Proceedings of the meeting of veterinary officers in India
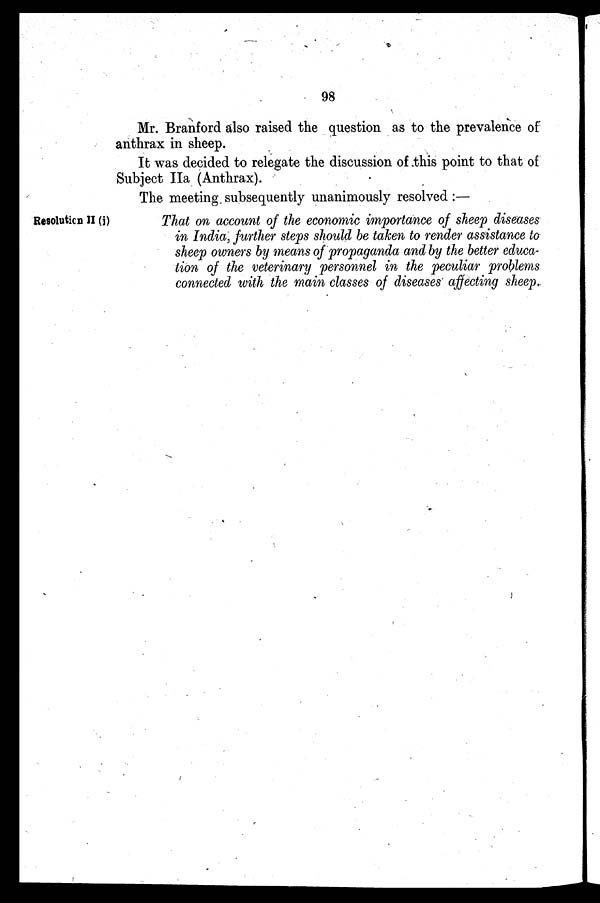
98
Mr. Branford also raised the question as to the prevalence of
anthrax in sheep.
It was decided to relegate the discussion of this point to that of
Subject IIa (Anthrax).
The meeting subsequently unanimously resolved :—
Resolution II (j)
That on account of the economic importance of sheep diseases
in India, further steps should be taken to render assistance to
sheep owners by means of propaganda and by the better educa-
tion of the veterinary personnel in the peculiar problems
connected with the main classes of diseases affecting sheep.